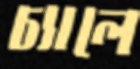
চ্যালে